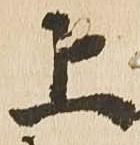
上